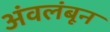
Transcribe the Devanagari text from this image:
अंवलंबून